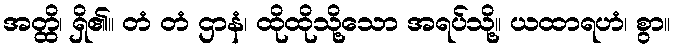
အတ္ထိ၊ ရှိ၏။ တံ တံ ဌာနံ၊ ထိုထိုသို့သော အရပ်သို့။ ယထာရဟံ၊ စွာ။